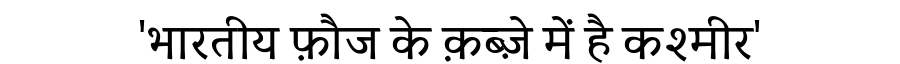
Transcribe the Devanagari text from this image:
'भारतीय फ़ौज के क़ब्ज़े में है कश्मीर'